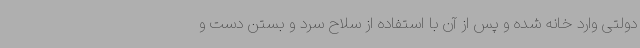
دولتی وارد خانه شده و پس از آن با استفاده از سلاح سرد و بستن دست و